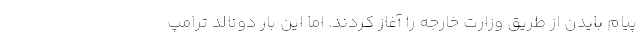
پیام بایدن از طریق وزارت خارجه را آغاز کردند. اما این بار دونالد ترامپ